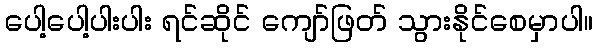
ပေါ့ပေါ့ပါးပါး ရင်ဆိုင် ကျော်ဖြတ် သွားနိုင်စေမှာပါ။